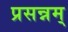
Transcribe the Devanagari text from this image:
प्रसन्नम्